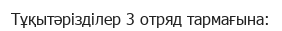
Тұқытәрізділер 3 отряд тармағына: